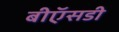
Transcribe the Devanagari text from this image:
बीऍसडी